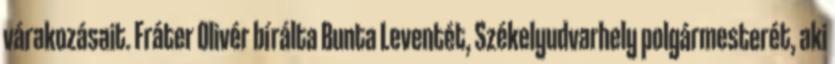
várakozásait. Fráter Olivér bírálta Bunta Leventét, Székelyudvarhely polgármesterét, aki